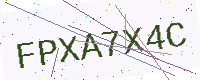
Text: FPXA7X4C